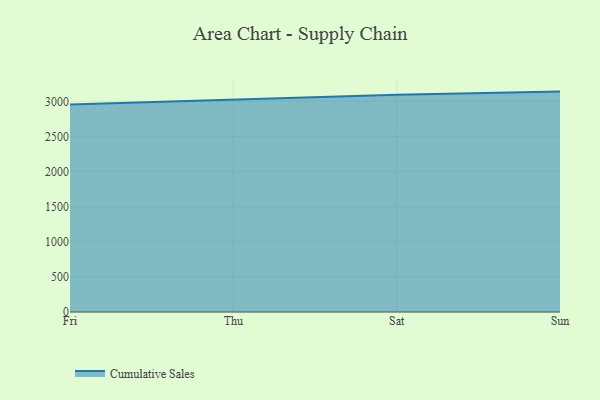
{"axis": {"x": "Day", "y": "Customer Acquisition Cost (USD)"}, "legend": ["Cumulative Sales"], "data": [{"x": "Fri", "y": 2955.6, "type": "Cumulative Sales"}, {"x": "Thu", "y": 3024.1, "type": "Cumulative Sales"}, {"x": "Sat", "y": 3093.0, "type": "Cumulative Sales"}, {"x": "Sun", "y": 3138.2, "type": "Cumulative Sales"}]}